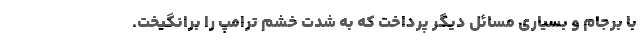
با برجام و بسیاری مسائل دیگر پرداخت که به شدت خشم ترامپ را برانگیخت.